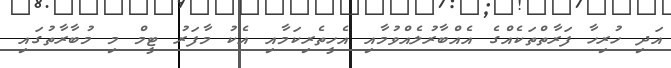
އަދި ހުރިހާ ފަރާތްތަކެއްގެ އެއްބާރުލެއްވުމާއި އެހީތެރިކަމާއި އެކު މާފަރު ޓީމް މި މުބާރާތުގައި